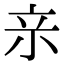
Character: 𭕉